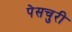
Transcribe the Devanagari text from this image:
पेसचुरी